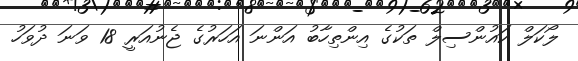
ލޯކަލް ކައުންސިލް ތަކުގެ އިންތިހާބު އަންނަ އަހަރުގެ ޖެނުއަރީ 18 ވަނަ ދުވަހު